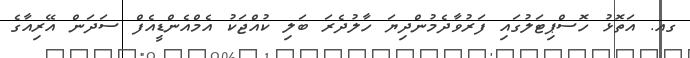
ގއ. އަތޮޅު ހޮސްޕިޓަލުގައި ފަރުވާދެމުންދިޔަ ހާލުދެރަ ބަލި ކުއްޖަކު އެމްއެންޑީއެފް ސަދަން އޭރިއާގެ